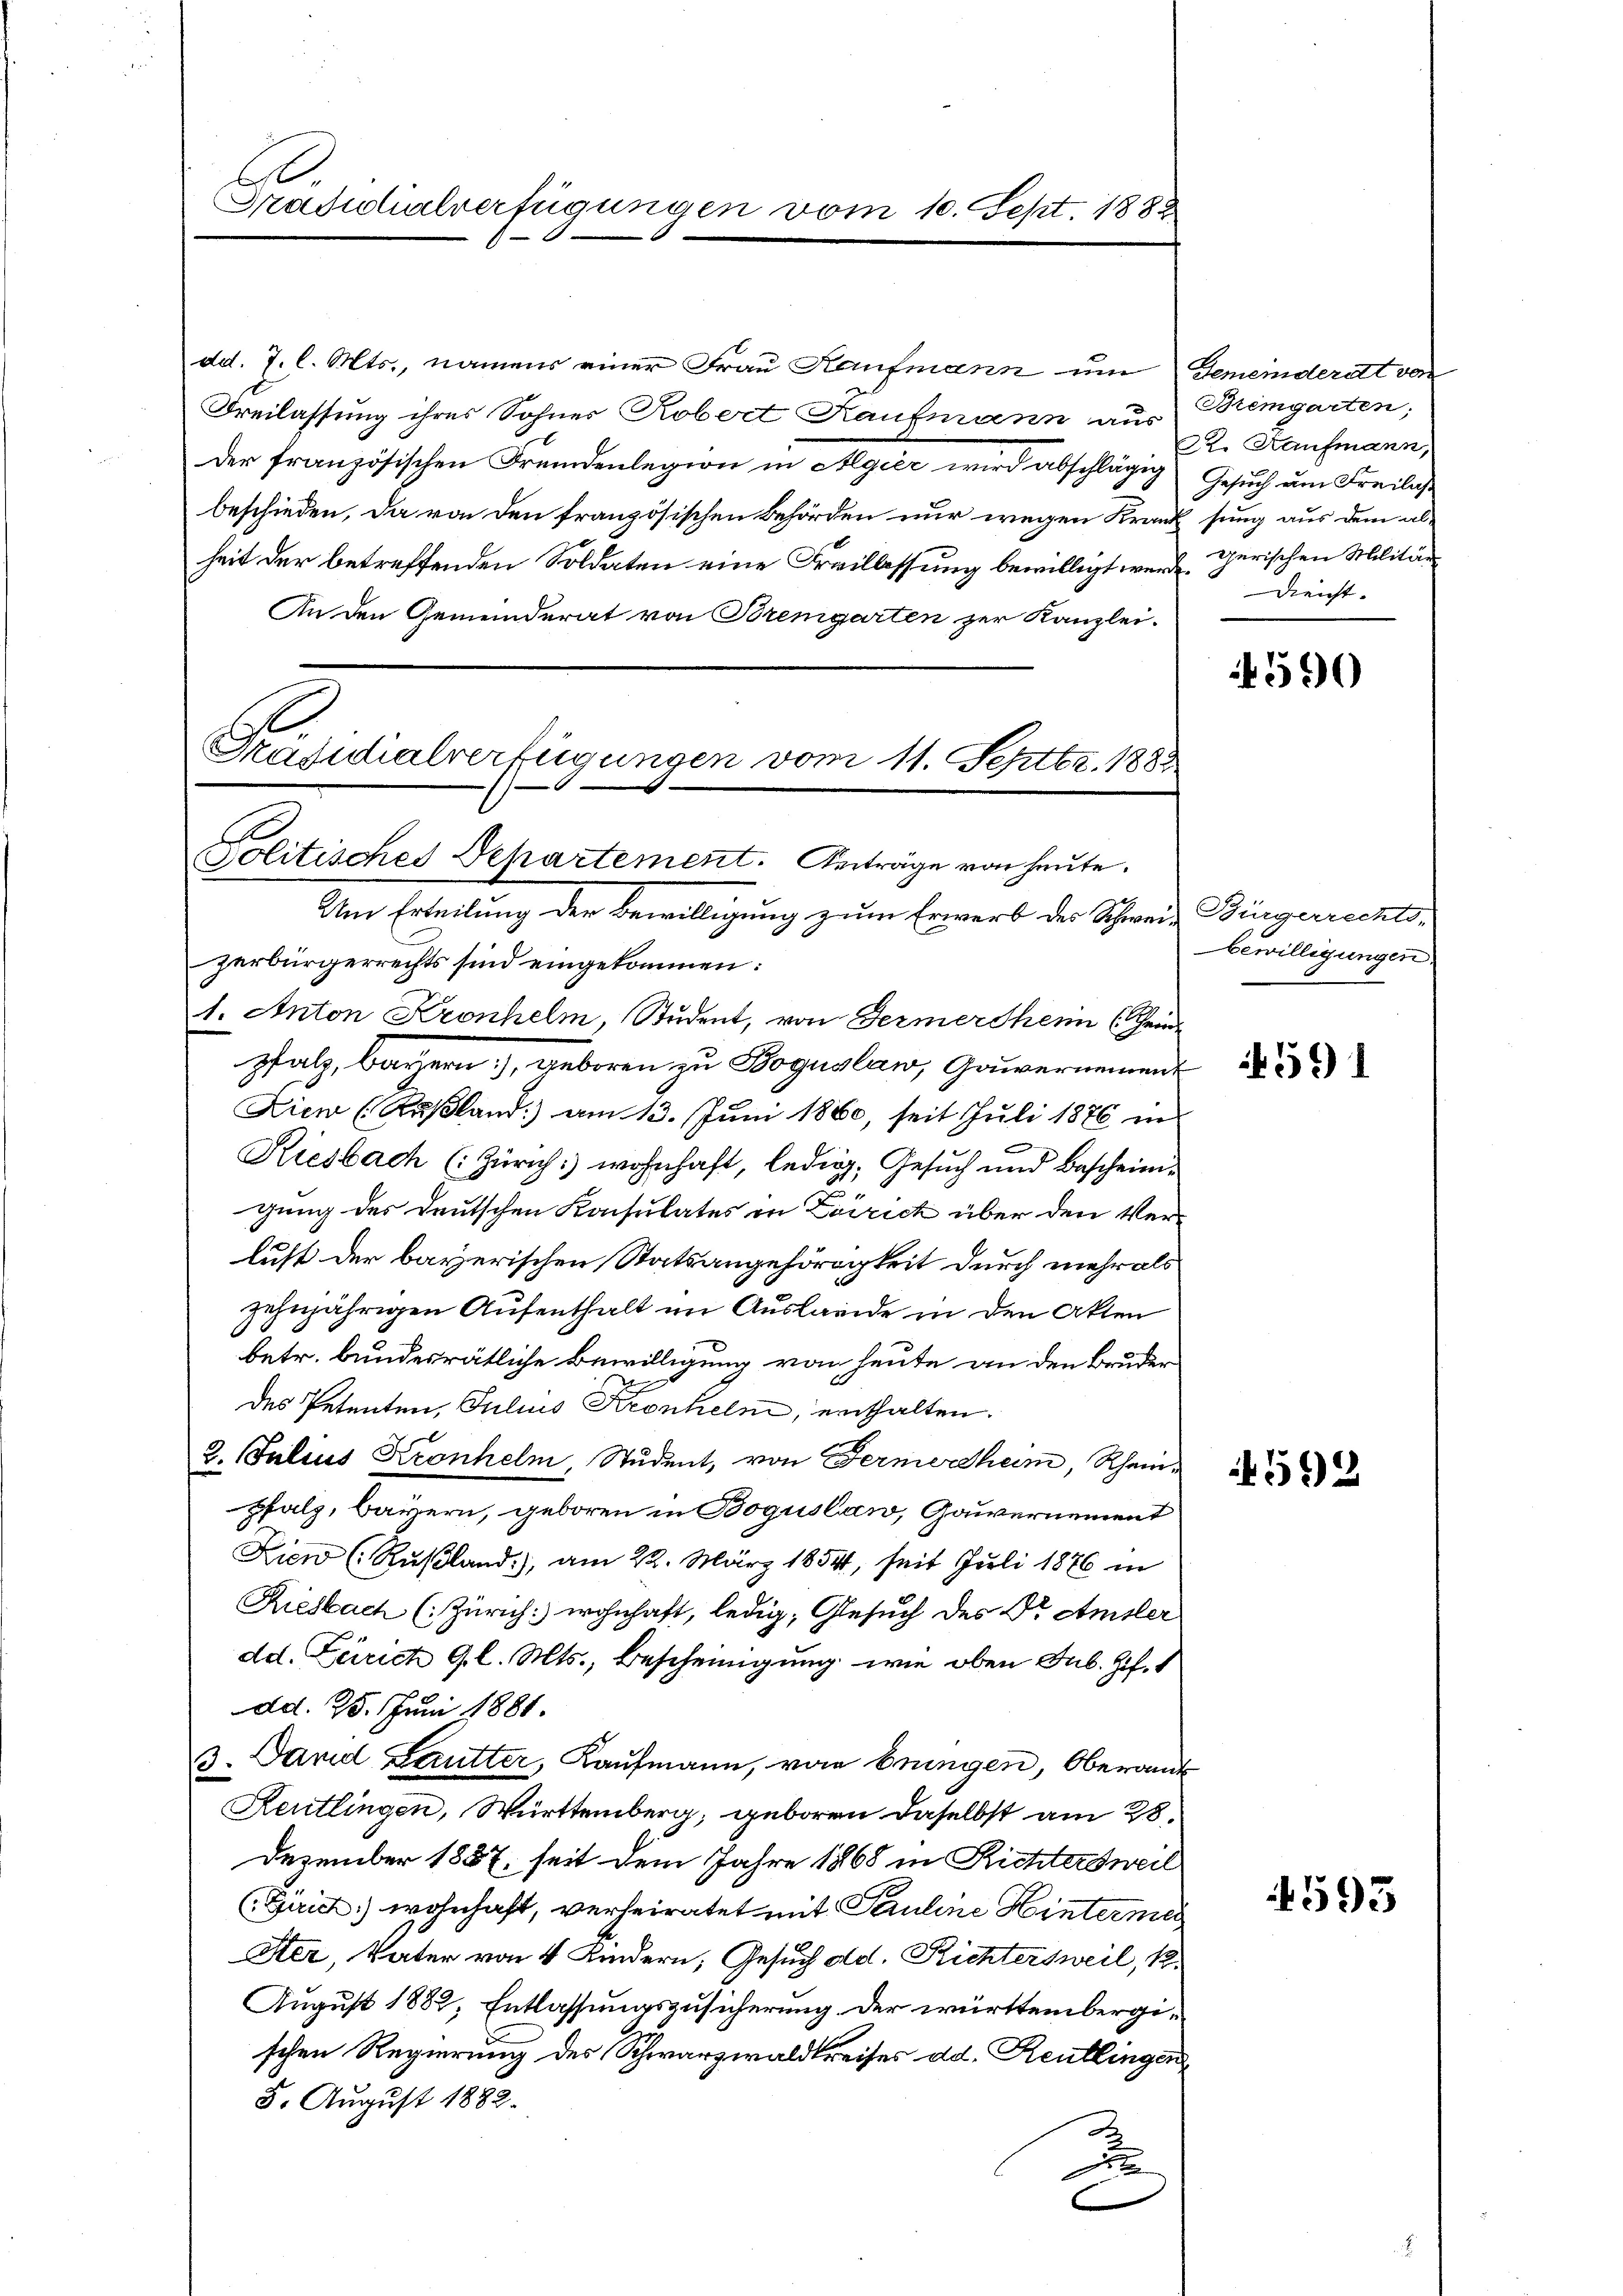
Präsidialverfügungen vom

dd. 7. l. Mts., namens einer Frau Kaufmann um Gemeinderat von
Freilassung ihres Sohner Robert Kaufmann aus
Der französischen Fremdenlegion in Algier wird abschlägig Gesuch um Freilas
beschieden, da von den französischen Behörden nur wegen Krank sung aus dem alheit der betreffenden Soldaten eine Freillassung bewilligt werde. Gerischen Militä¬
An den Gemeinderat von Bremgarten zur Kanzlei.
Präsidialverfügungen vom 11. Septbr. 1882.

Um Erteilung der Bewilligung zum Erwerb des Schweiz Bürgerrechts-
zerbürgerrechts sind eingekommen:
1. Anton Kronhelm, Student, von Germertheim (Heide
pfalz, Bayern), geboren zu Boguslaw, Gauvernement
Diew (Rußland) am 13. Juni 1880, seit Juli 1876 in
Riesbach (Zürich: wohnhaft, ledig, Gesuch und Bescheinigung des deutschen Konsulates in Zürich über den Ver-
lust der bayerischen Statsangehörigkeit durch mehr als
zehnjährigen Aufenthalt im Auslande in den Akten
betr. bundesrätliche Bewilligung von heute an den Bruder
des Petenten, Julius Kronhelm, enthalten.
2. Julius Kronhelm Student, von Fernerham, Rheinpfalz, Bayern, geboren in Boguslaw, Gauvernement
Diew (Rußland), am 22. März 1854, seit Juli 1876 in
Riesbach (: Zürich: wohnhaft, ledig, Gesuch des Dr. Amsler
dd. Zürich 9 l. Mts., Bescheinigung wie oben Sub. Zif. 1
dd. 25. Juni 1881.
3. Jand Lautter, Kaufmann, von bringen, Oberamt
Reutlingen, Württemberg, geboren daselbst am 28.
Dezember 1887, seit dem Jahre 1868 in Richtersweil
(Gerich wohnhaft, verheiratet mit Pauline Hinterme
Ster, Vater von 4 Kindern, Gesuch ad. Richtersweil, k.
August 1882, Entlassungszusicherung der württembergischen Regierung des Schwarzwaldkreises ad. Reutlingen
8. August 1882.
2
d

10. Sept. 1882.

Politisches Departement. Anträge von heute.

Bremgarten;
R2. Kaufmann,
Dienst.

4590

bewilligungen.

if. 591

592

4595